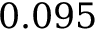
0 . 0 9 5